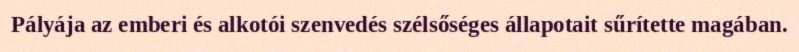
Pályája az emberi és alkotói szenvedés szélsőséges állapotait sűrítette magában.